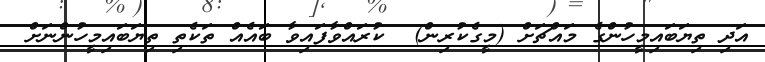
އަދި ތިޔަބައިމީހުންގެ މައްޗަށް (މީގެކުރިން)  ކުރައްވާފައިވާ ބައެއް ތަކެތި ތިޔަބައިމީހުންނަށް